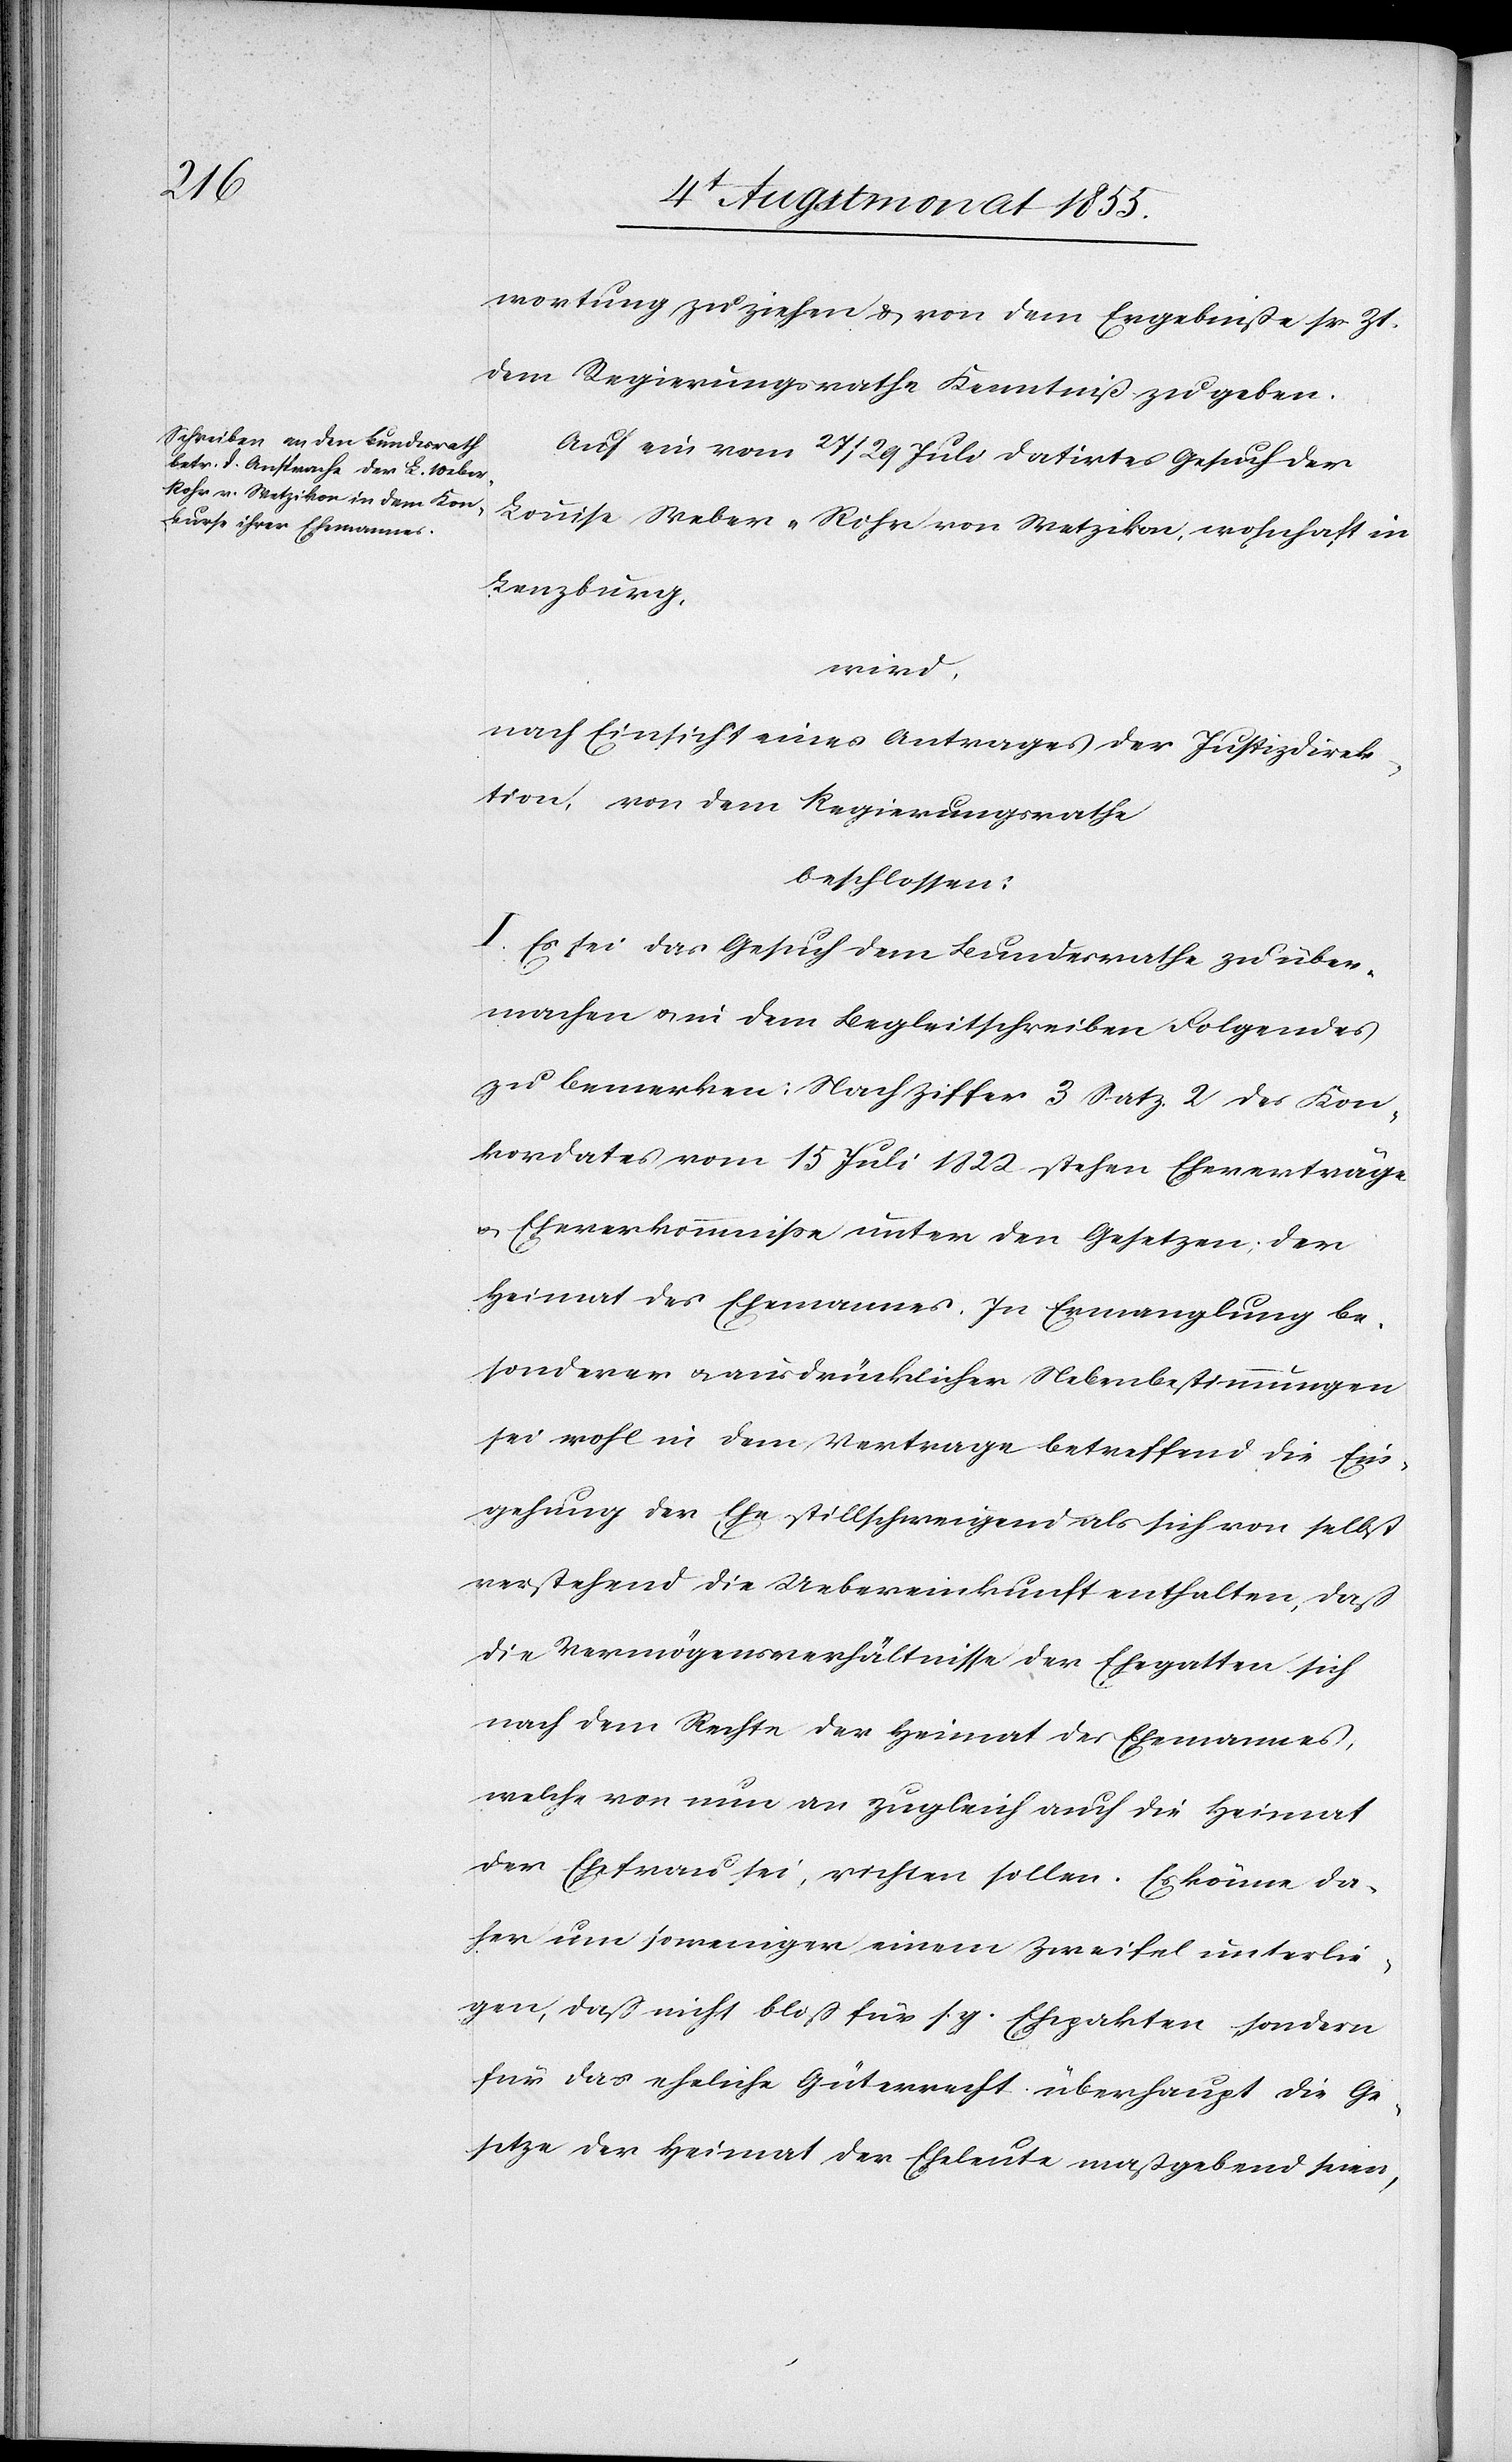
wortung [sic!] zu ziehen & von dem Ergebniße sr. Zt.
dem Regierungsrathe Kenntniß zu geben.
Auf ein vom 27 / 29 Juli datirtes Gesuch der
Louise Weber-Rohr von Wetzikon, wohnhaft in
Lenzburg,
wird,
nach Einsicht eines Antrages der Justizdirek¬
tion, von dem Regierungsrathe
beschlossen:
I. Es sei das Gesuch dem Bundesrathe zu über¬
machen & in dem Begleitschreiben Folgendes
zu bemerken: Nach Ziffer 3 Satz 2 des Kon¬
kordates vom 15 Juli 1822 stehen Eheverträge
& Eheverkommniße unter den Gesetzen; der
Heimat des Ehemannes. In Ermanglung be¬
sonderer & ausdrücklicher Nebenbestimmungen
sei wohl in dem Vertrage betreffend die Ein¬
gehung der Ehe stillschweigend als sich von selbst
verstehend die Uebereinkunft enthalten, daß
die Vermögensverhältnisse der Ehegatten sich
nach dem Rechte der Heimat des Ehemannes,
welche von nun an zugleich auch die Heimat
der Ehefrau sei, richten sollen. Es könne da¬
her um so weniger einem Zweifel unterlie¬
gen, daß nicht bloß für s. g. Ehepakten sondern
für das eheliche Güterrecht überhaupt die Ge¬
setze der Heimat der Eheleute maßgebend seien,